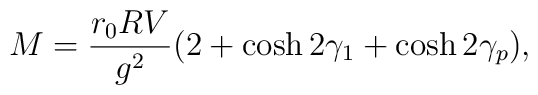
M = {r_0 RV \over g^2}(2+\cosh 2\gamma_1 + \cosh2\gamma_p),